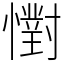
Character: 㦠